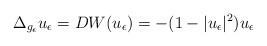
LaTeX: \begin{align*}\Delta_{g_{\epsilon}}u_{\epsilon}=DW(u_{\epsilon})=-(1-|u_{\epsilon}|^2)u_{\epsilon}\end{align*}